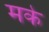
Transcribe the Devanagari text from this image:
मके